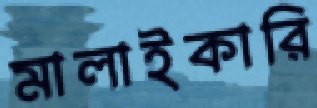
মালাইকারি